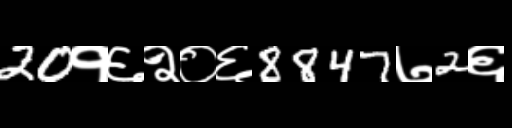
Text: 20१६२०६8847७2६